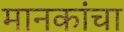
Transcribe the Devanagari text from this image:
मानकांचा